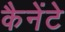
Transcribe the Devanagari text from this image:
कैनेंटे